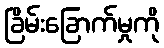
ခြိမ်းခြောက်မှုကို